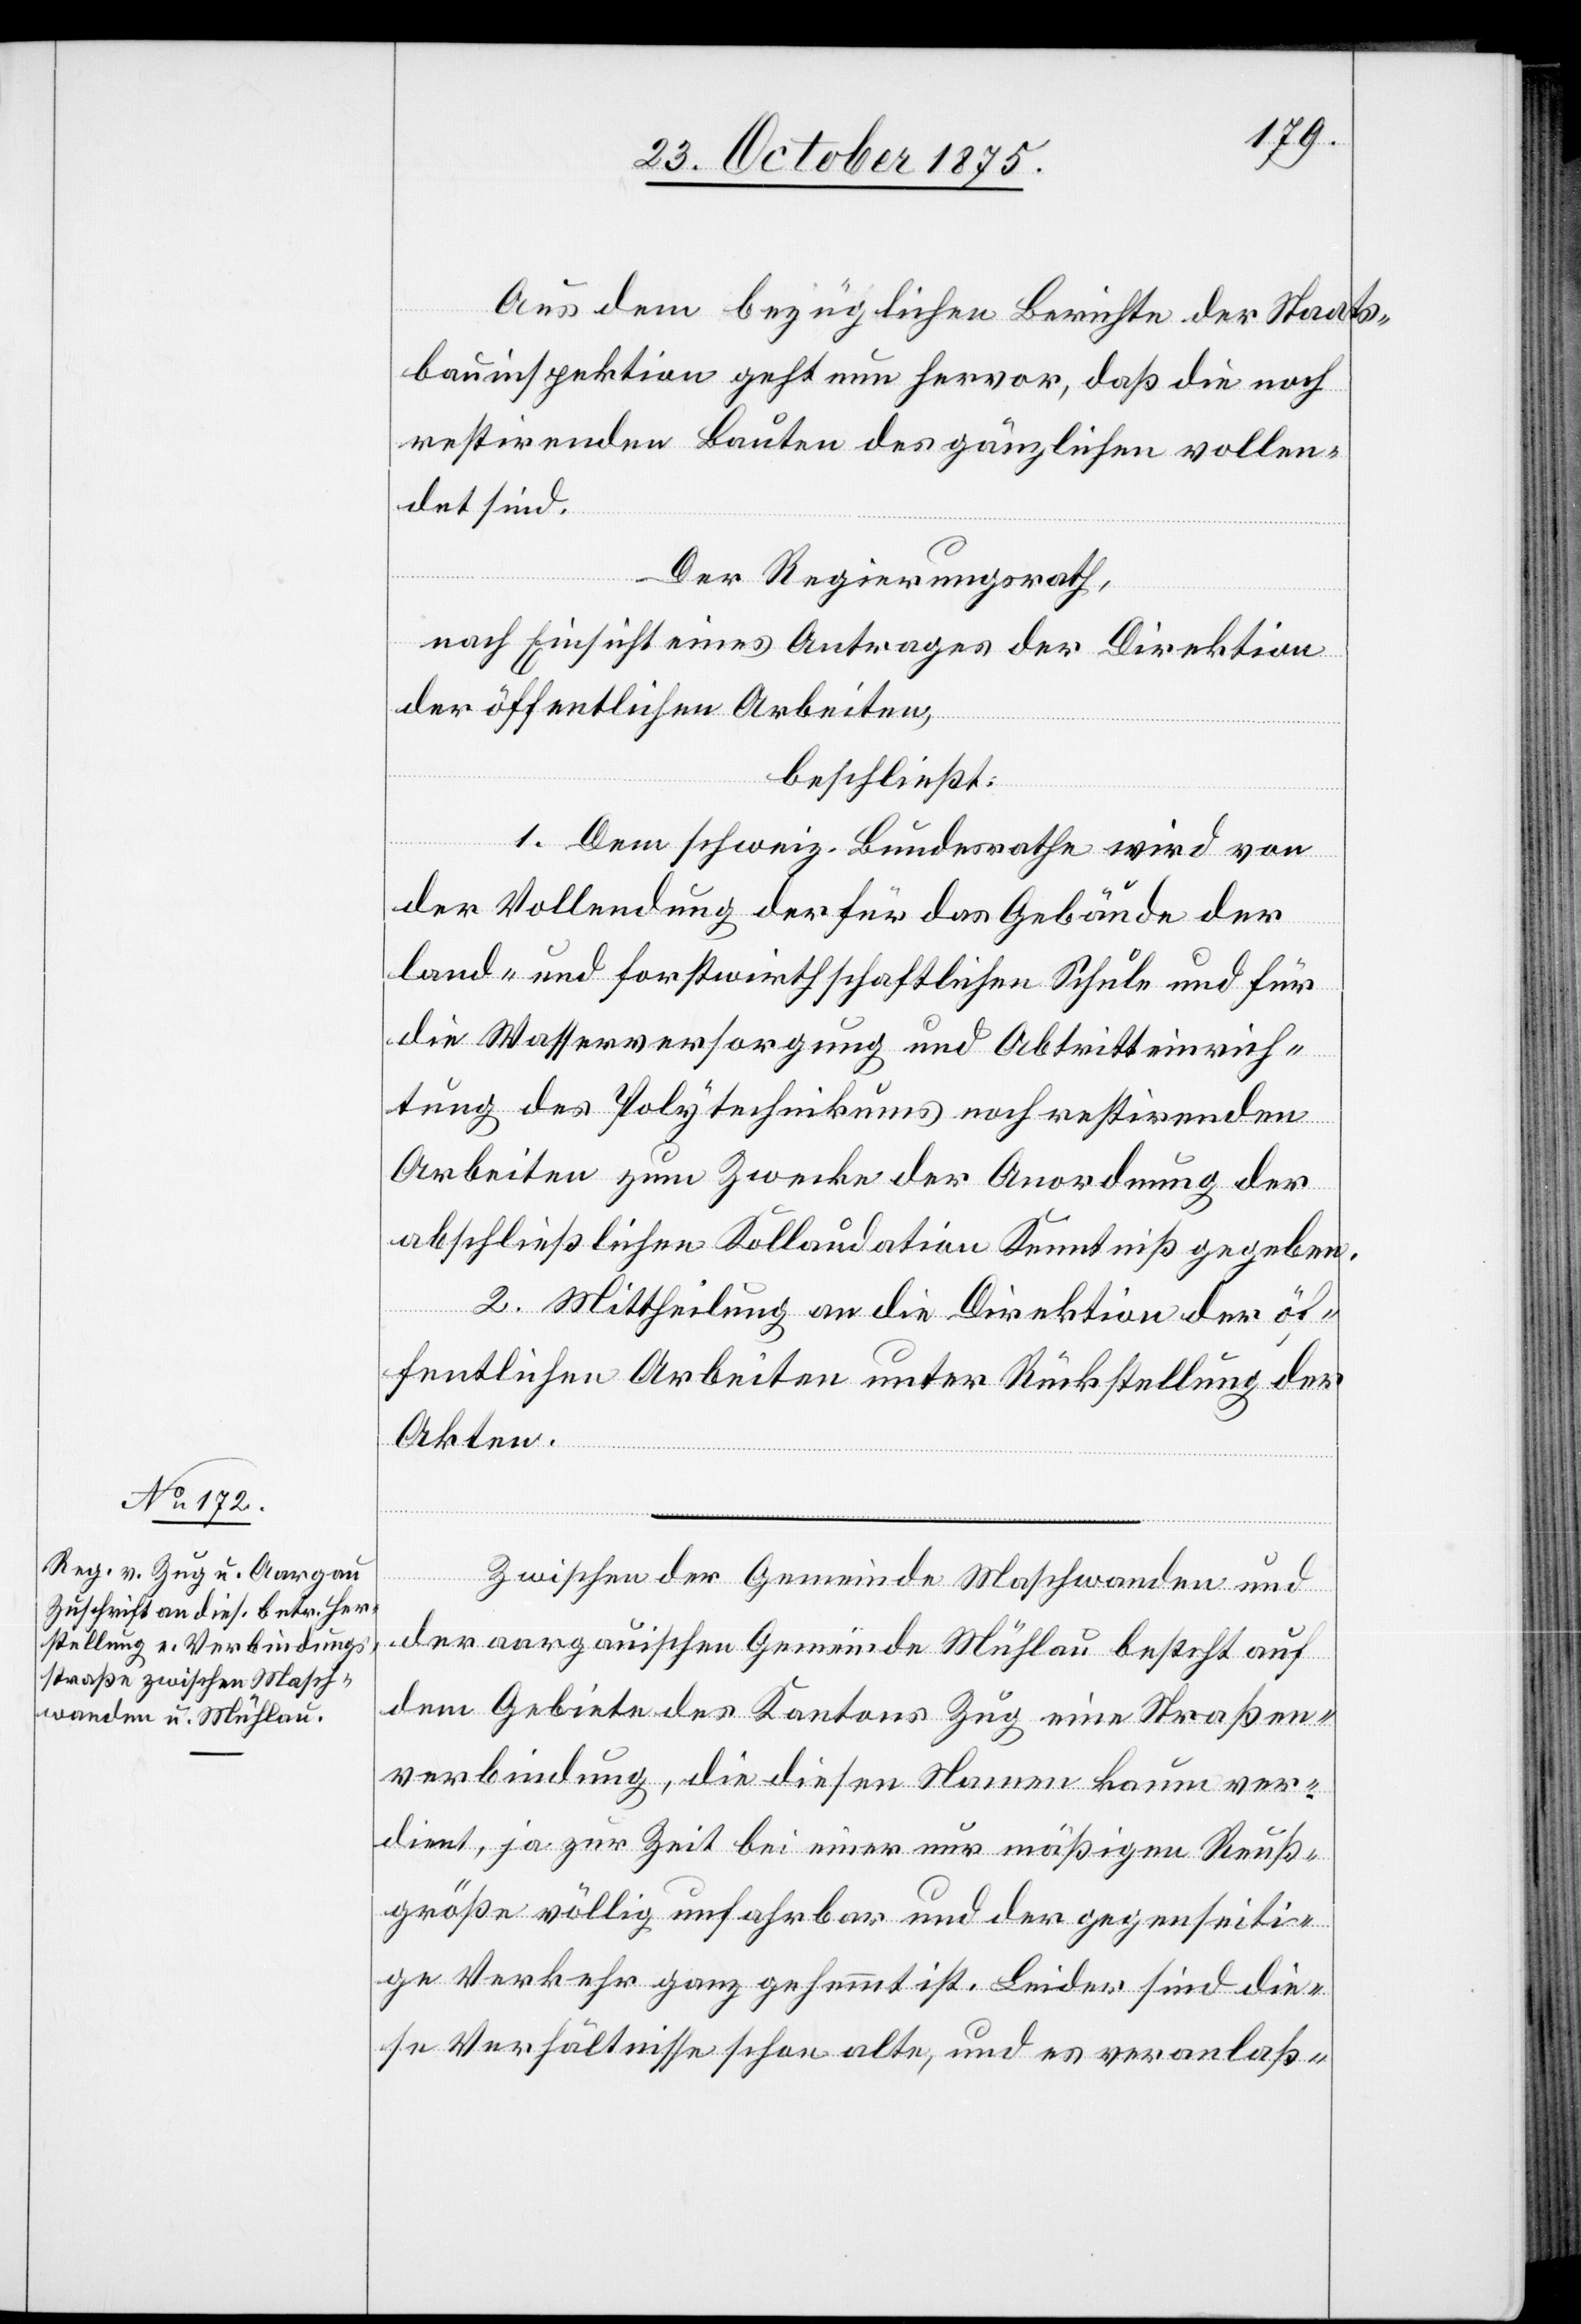
Aus dem bezüglichen Berichte der Staats¬
bauinspektion geht nun hervor, daß die noch
restirenden Bauten des gänzlichen vollen¬
det sind.
Der Regierungsrath,
nach Einsicht eines Antrages der Direktion
der öffentlichen Arbeiten,
beschließt:
1. Dem schweiz. Bundesrathe wird von
der Vollendung der für das Gebäude der
land- und forstwirthschaftlichen Schule und für
die Wasserversorgung und Abtritteinrich¬
tung des Polytechnikums noch restirenden
Arbeiten zum Zwecke der Anordnung der
abschließlichen Kollaudation Kenntniß gegeben.
2. Mittheilung an die Direktion der öf¬
fentlichen Arbeiten unter Rückstellung der
Akten.
Zwischen der Gemeinde Maschwanden und
der aargauischen Gemeinde Mühlau besteht auf
dem Gebiete des Kantons Zug eine Straßen¬
verbindung, die diesen Namen kaum ver¬
dient, ja zur Zeit bei einer nur mäßigen Reuß¬
größe völlig unfahrbar und der gegenseiti¬
ge Verkehr ganz gehemmt ist. Leider sind die¬
se Verhältnisse schon alte, und es veranlaß-